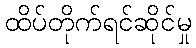
ထိပ်တိုက်ရင်ဆိုင်မှု